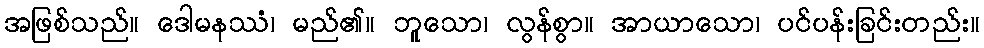
အဖြစ်သည်။ ဒေါမနဿံ၊ မည်၏။ ဘူသော၊ လွန်စွာ။ အာယာသော၊ ပင်ပန်းခြင်းတည်း။